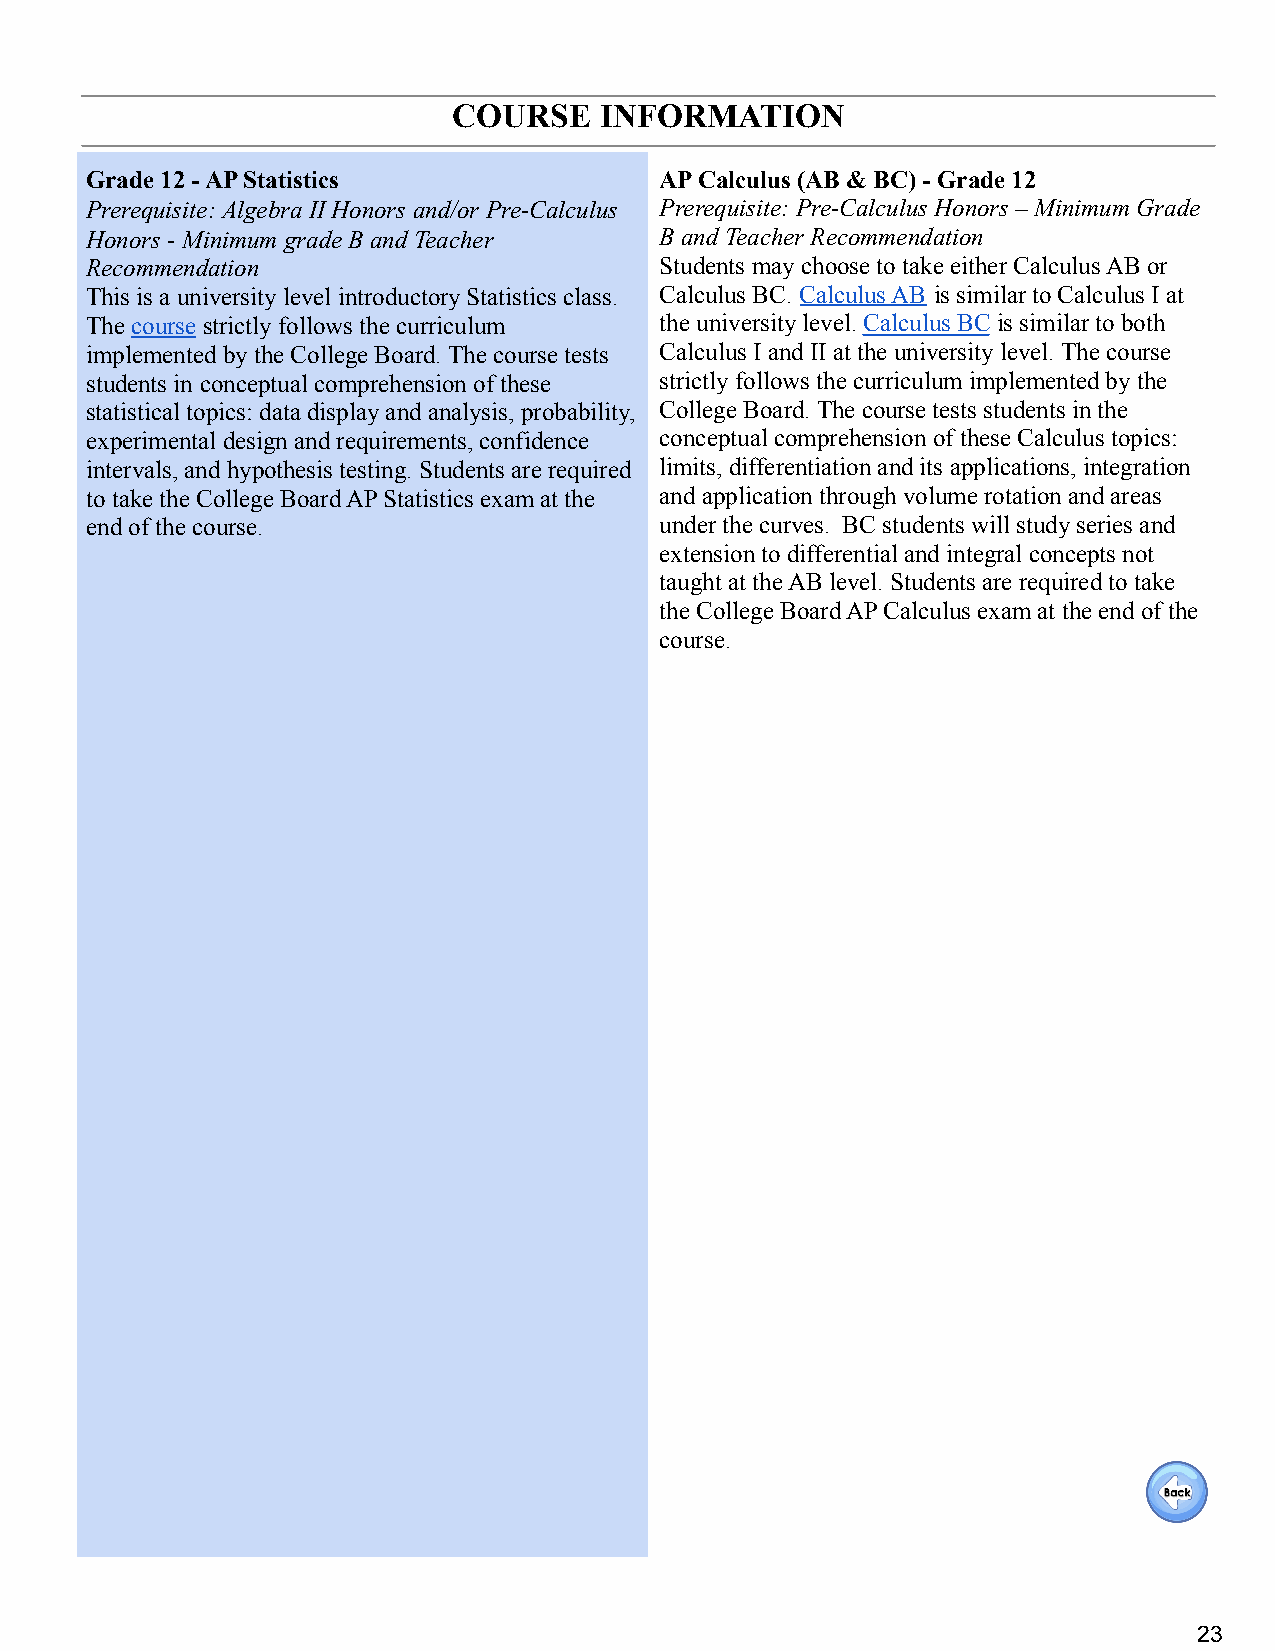
COURSE    INFORMATION
 Grade 12 - AP Statistics              AP Calculus (AB & BC) - Grade 12
 Prerequisite: Algebra II Honors and/or Pre-Calculus Prerequisite: Pre-Calculus Honors – Minimum Grade
 Honors - Minimum grade B and Teacher  B and Teacher Recommendation
 Recommendation                        Students may choose to take either Calculus AB or
 This is a university level introductory Statistics class. Calculus BC. Calculus AB is similar to Calculus Iat
 Thecourse strictly follows the curriculum the university level. Calculus BCis similar to both
 implemented by the College Board. The course tests Calculus I and II at the university level. The course
 students in conceptual comprehension of these strictly follows the curriculum implemented by the
 statistical topics: data display and analysis, probability, College Board. The course tests students in the
 experimental design and requirements, confidence conceptual comprehension of these Calculus topics:
 intervals, and hypothesis testing. Students are required limits, differentiation and its applications, integration
 to take the College Board AP Statistics exam at the and application through volume rotation and areas
 end of the course.                    under the curves. BC students will study series and
 extension to differential and integral concepts not
 taught at the AB level. Students are required to take
 the College Board AP Calculus exam at the end of the
 course.
 23